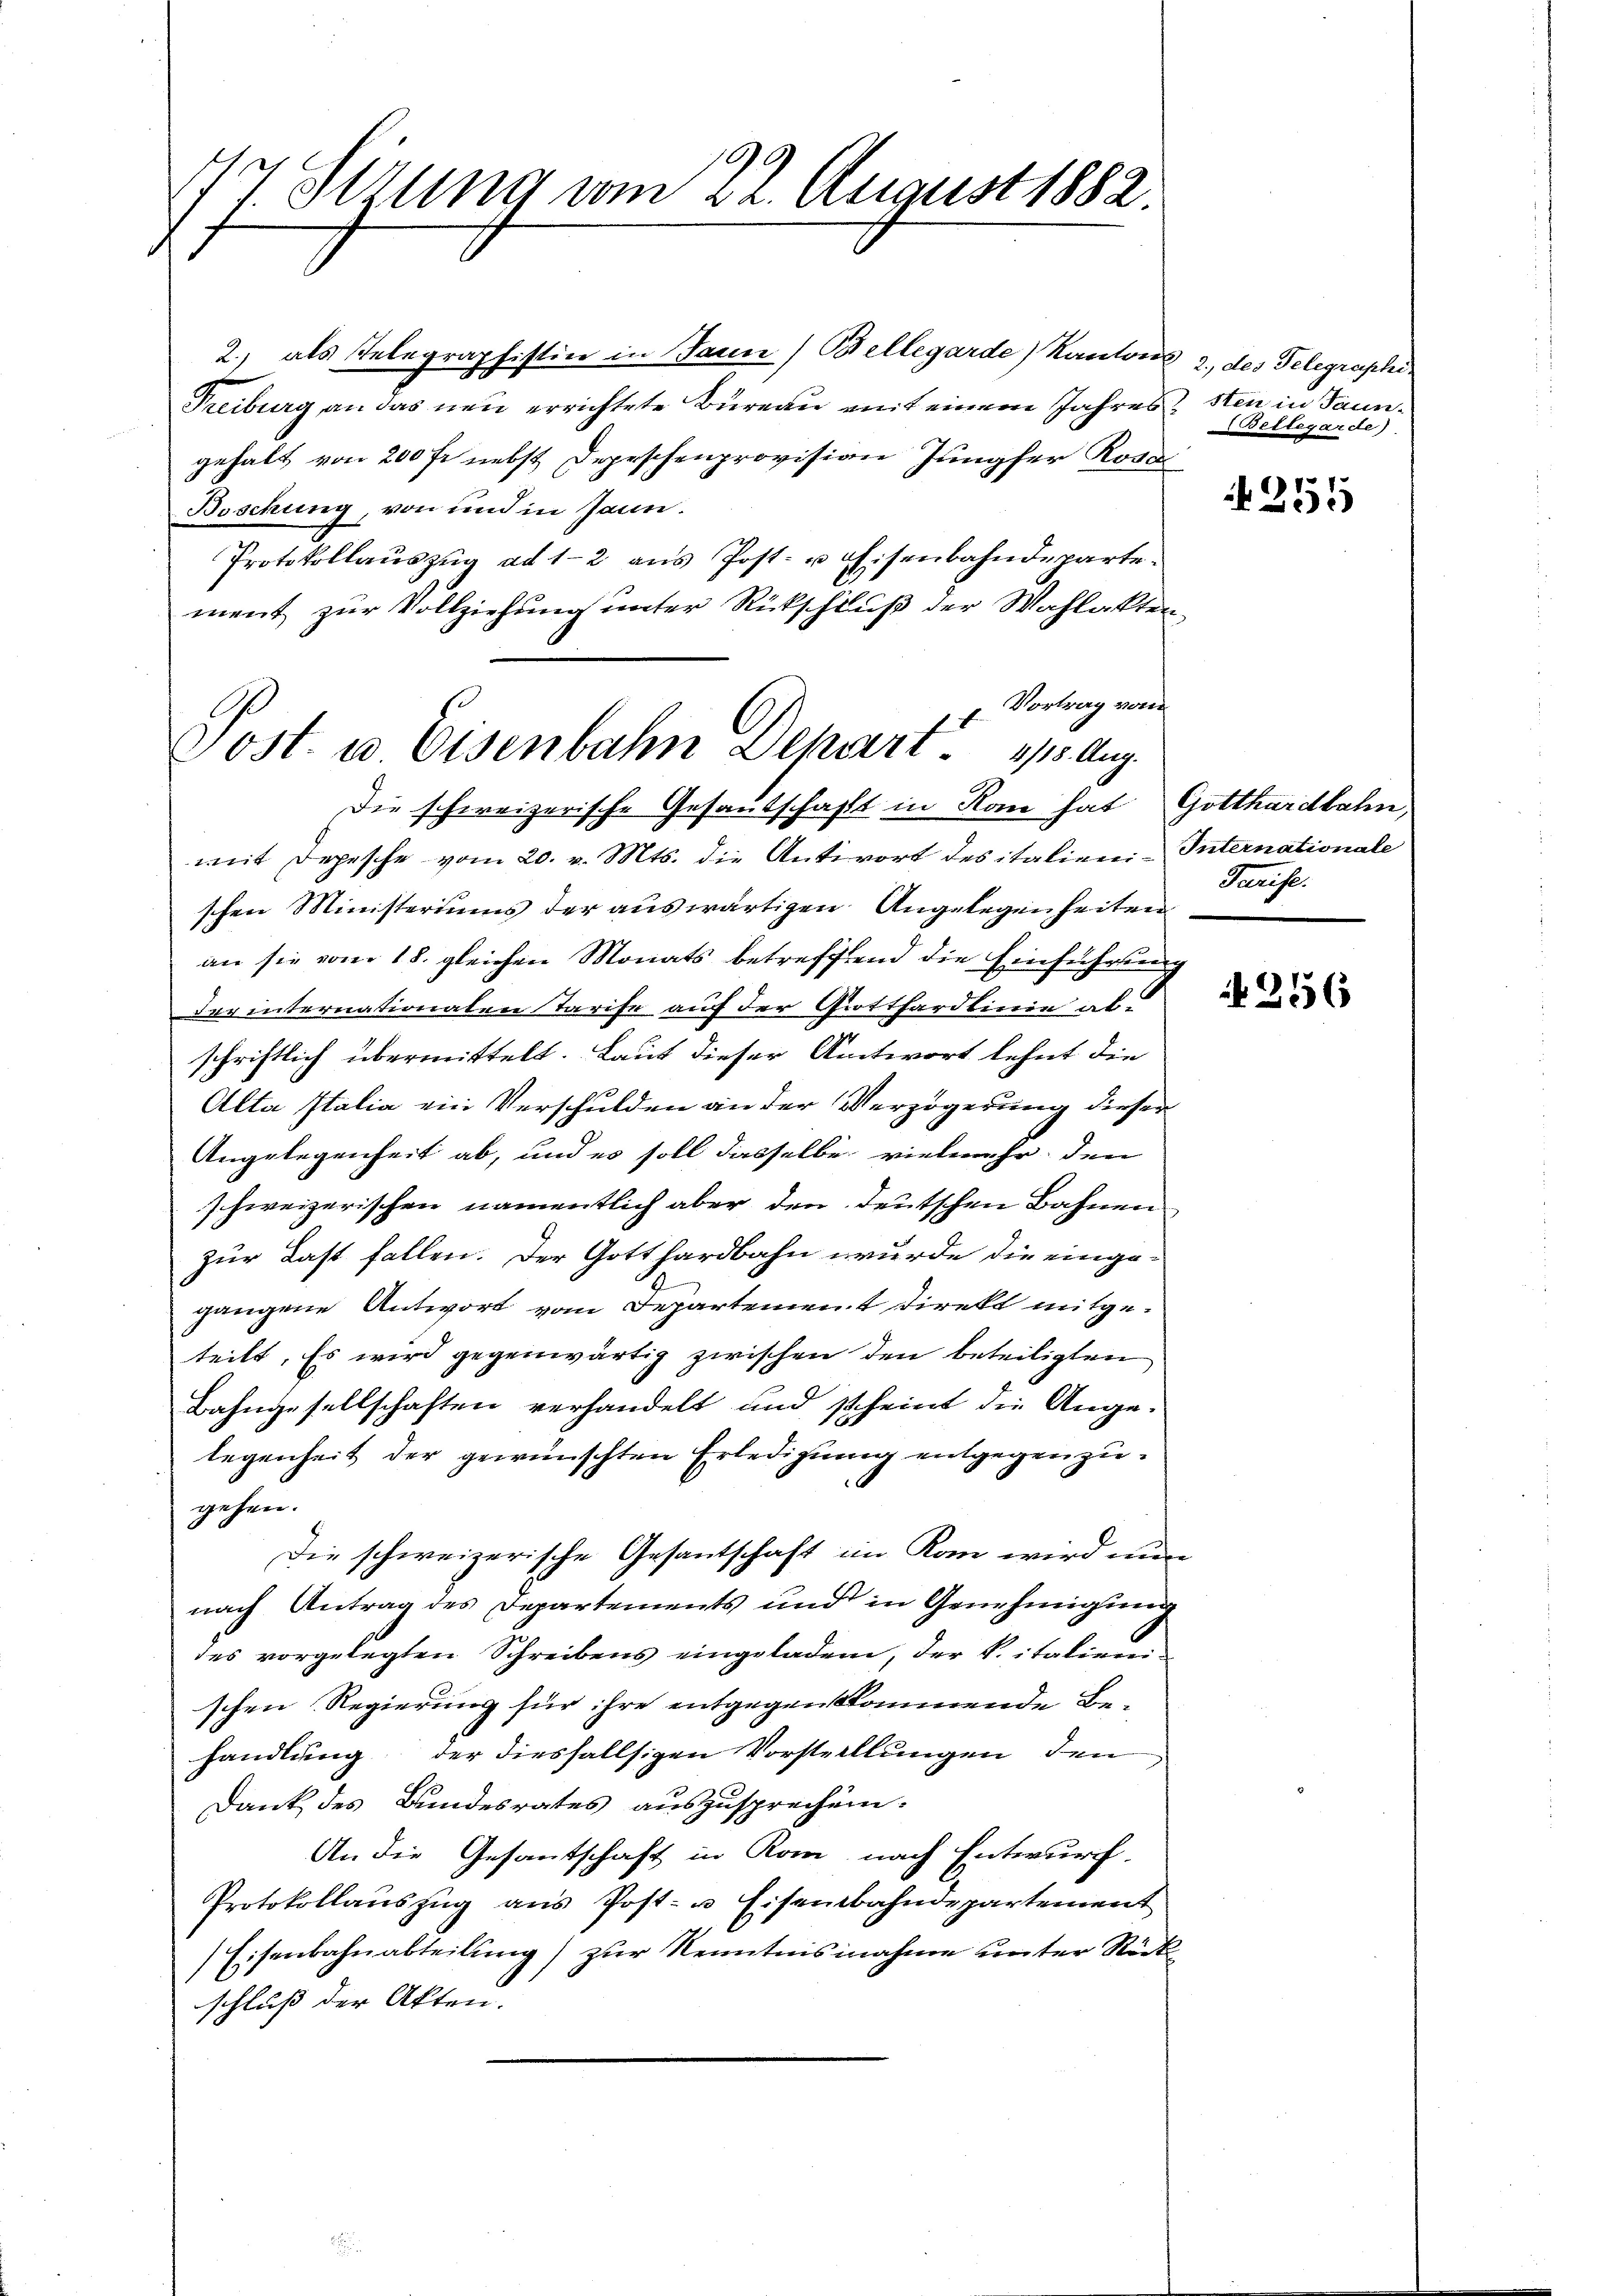
14 Serung vom 22. August 1882.

Tost. u. Eisenbahn Depart. 418. Aug.

2.) als Telegraphistin in Jann) Bellegarde) Kantons 2., des Telegraphi¬
Treiburg an das neu errichtete Bureau mit einem Jahres sten in Taungehalt von 200 fr. nebst Depeschenprovision Jungfer Rosa
Boschung, von und in Jann.
Protokollauszug ad 1-2 ans Post- u Eisenbahndeparte.
ment zur Vollziehung unter Rückschluß der Wahlakten
Vortrag vom
Die schweizerische Gesandschaft in Ran hat Gotthardbahn,
mit Depesche vom 20. v. Mts. die Antwort des italieni-Internationale
schen Ministeriums der auswärtigen Angelegenheiten
an sie vom 18. gleichen Monats betreffend die Einführung
derinternationalen Tarife auf der Gotthardlinie ab-
schriftlich übermittelt. Laut dieser Antwort lehnt die
Alta Italia ein Verschulden an der Verzögerung dieser
Angelegenheit ab, und es soll dasselbe vielmehr, den
schweizerischen namentlich aber den deutschen Bahnen
zur Last fallen. Der Gotthardbahn wurde die eingegangene Antwort vom Departement direkt mitgeteilt. Es wird gegenwärtig zwischen den beteiligten
Bahngesellschaften verhandelt und scheint die Ange-
legenheit der gewünschten Erledigung entgegen zu¬
.
gehen.
Die schweizerische Gesantschaft im Kan wird nun
nach Antrag des Departements und in Genehmigung
des vorgelegten Schreibens eingeladen, der Vitatirenschen Regierung für ihre entgegenkommende Behandlung der diesfallsigen Vorstellungen den
Dank des Bundesrates auszusprechen.
An die Gesantschaft in Rom nach Entwurf.
Protokollauszug aus Post- u Eisenbahndepartement
Eisenbahnabteilung) zur Kenntnisnahme unter Rückschluß der Akten.

Betlegarde)

255

Farise.

256